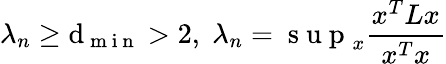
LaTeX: \lambda_{n}\geq\mathrm{d}_{\mathrm{{~m~i~n~}}}>2,\; \lambda_{n}=\mathrm{{~s~u~p~}}_{x}\frac{{x^{T}Lx}}{{x^{T}x}}